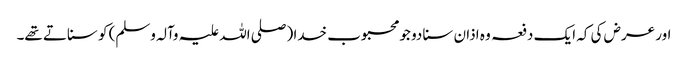
اور عرض کی کہ ایک دفعہ وہ اذان سنا دو جو محبوب خدا (صلی اللہ علیہ وآلہ وسلم) کو سناتے تھے۔